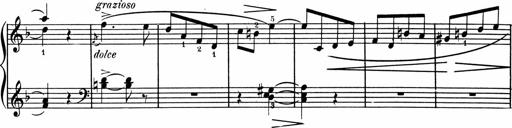
Title: 1Ã¨re Sonatine
Composer: FrÃ©dÃ©ric Binet